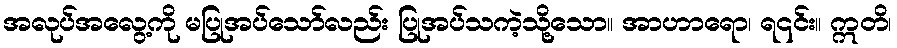
အလုပ်အလွေ့ကို မပြုအပ်သော်လည်း ပြုအပ်သကဲ့သို့သော။ အာဟာရော၊ ရ၎င်း။ ဣတိ၊